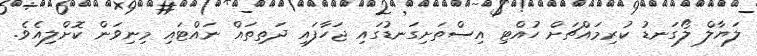
ލަޔާލް ލޯގަނޑު ކުރިމައްޗަށް ހުއްޓި އިސްތަށިގަނޑުގައި ޖަހާފައި ދަތިތައް ނައްޓައި މިނިވަން ކޮށްލިއެވެ.